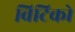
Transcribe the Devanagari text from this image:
विटिको